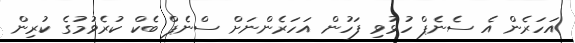
އަހަރެން އެ ސެނެޕް ހުޅުވި ފަހުން އަހަރެންނަށް ސްނެޕް ބެކް ކުރެވުމުގެ ކުރިން